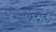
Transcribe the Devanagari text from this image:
अंदाड